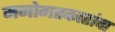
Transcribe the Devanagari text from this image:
मनोगतकारांचा